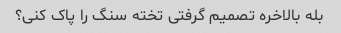
بله بالاخره تصمیم گرفتی تخته سنگ را پاک کنی؟